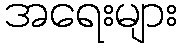
အရေးများ